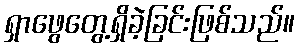
ရှာဖွေတွေ့ရှိခဲ့ခြင်းဖြစ်သည်။